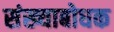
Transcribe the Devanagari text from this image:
संख्याबोधक